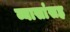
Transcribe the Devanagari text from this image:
व्यासांसह